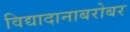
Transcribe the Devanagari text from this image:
विद्यादानाबरोबर